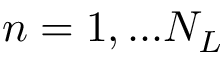
n = 1 , . . . N _ { L }